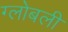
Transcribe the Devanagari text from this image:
ग्लोबली